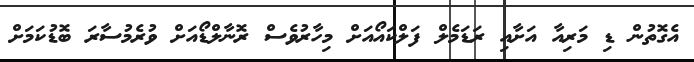
އެގޮތުން ޑި މަރިއާ އަށާއި ރަޑަމެލް ފަލްކައޯއަށް މިހާރުވެސް ރޮނާލްޑޯއަށް ވުރެމުސާރަ ބޮޑުކަމަށް